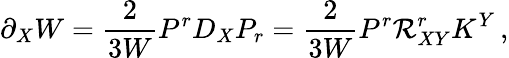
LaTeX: \partial_{X}W=\frac{2}{3W}P^{r}D_{X}P_{r}=\frac{2}{3W}P^{r}{\cal R}_{XY}^{r}K^{Y}\, ,